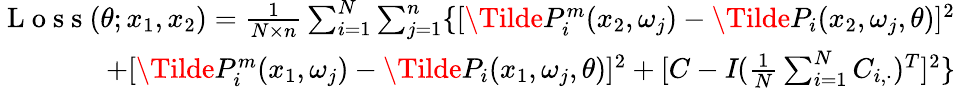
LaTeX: \begin{array}{r}{\mathrm{~L~o~s~s~}(\theta;x_{1},x_{2})=\frac{1}{N\times n}\sum_{i=1}^{N}\sum_{j=1}^{n}\{ [\Tilde{P}_{i}^{m}(x_{2},\omega_{j})-\Tilde{P}_{i}(x_{2},\omega_{j},\theta)]^{2}}\\ {+[\Tilde{P}_{i}^{m}(x_{1},\omega_{j})-\Tilde{P}_{i}(x_{1},\omega_{j},\theta)]^{2}+[C-\textit{I}(\frac{1}{N}\sum_{i=1}^{N}C_{i,\cdot})^{T}]^{2}\} }\end{array}